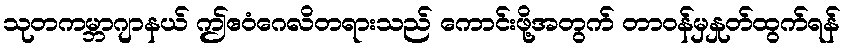
သုတကမ္ဘာဂျာနယ် ဤဧဝံဂေလိတရားသည် ကောင်းဖို့အတွက် တာဝန်မှနှုတ်ထွက်ရန်